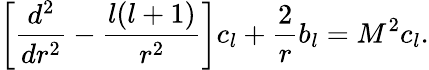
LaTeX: \left[{\frac{d^{2}}{dr^{2}}}-{\frac{l(l+1)}{r^{2}}}\right]c_{l}+{\frac{2}{r}}b_{l}=M^{2}c_{l}.